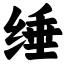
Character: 缍